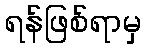
ရန်ဖြစ်ရာမှ